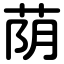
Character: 荫